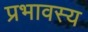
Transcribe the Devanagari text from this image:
प्रभावस्य